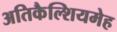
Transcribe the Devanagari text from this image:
अतिकैल्शियमेह